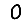
Digit: 0